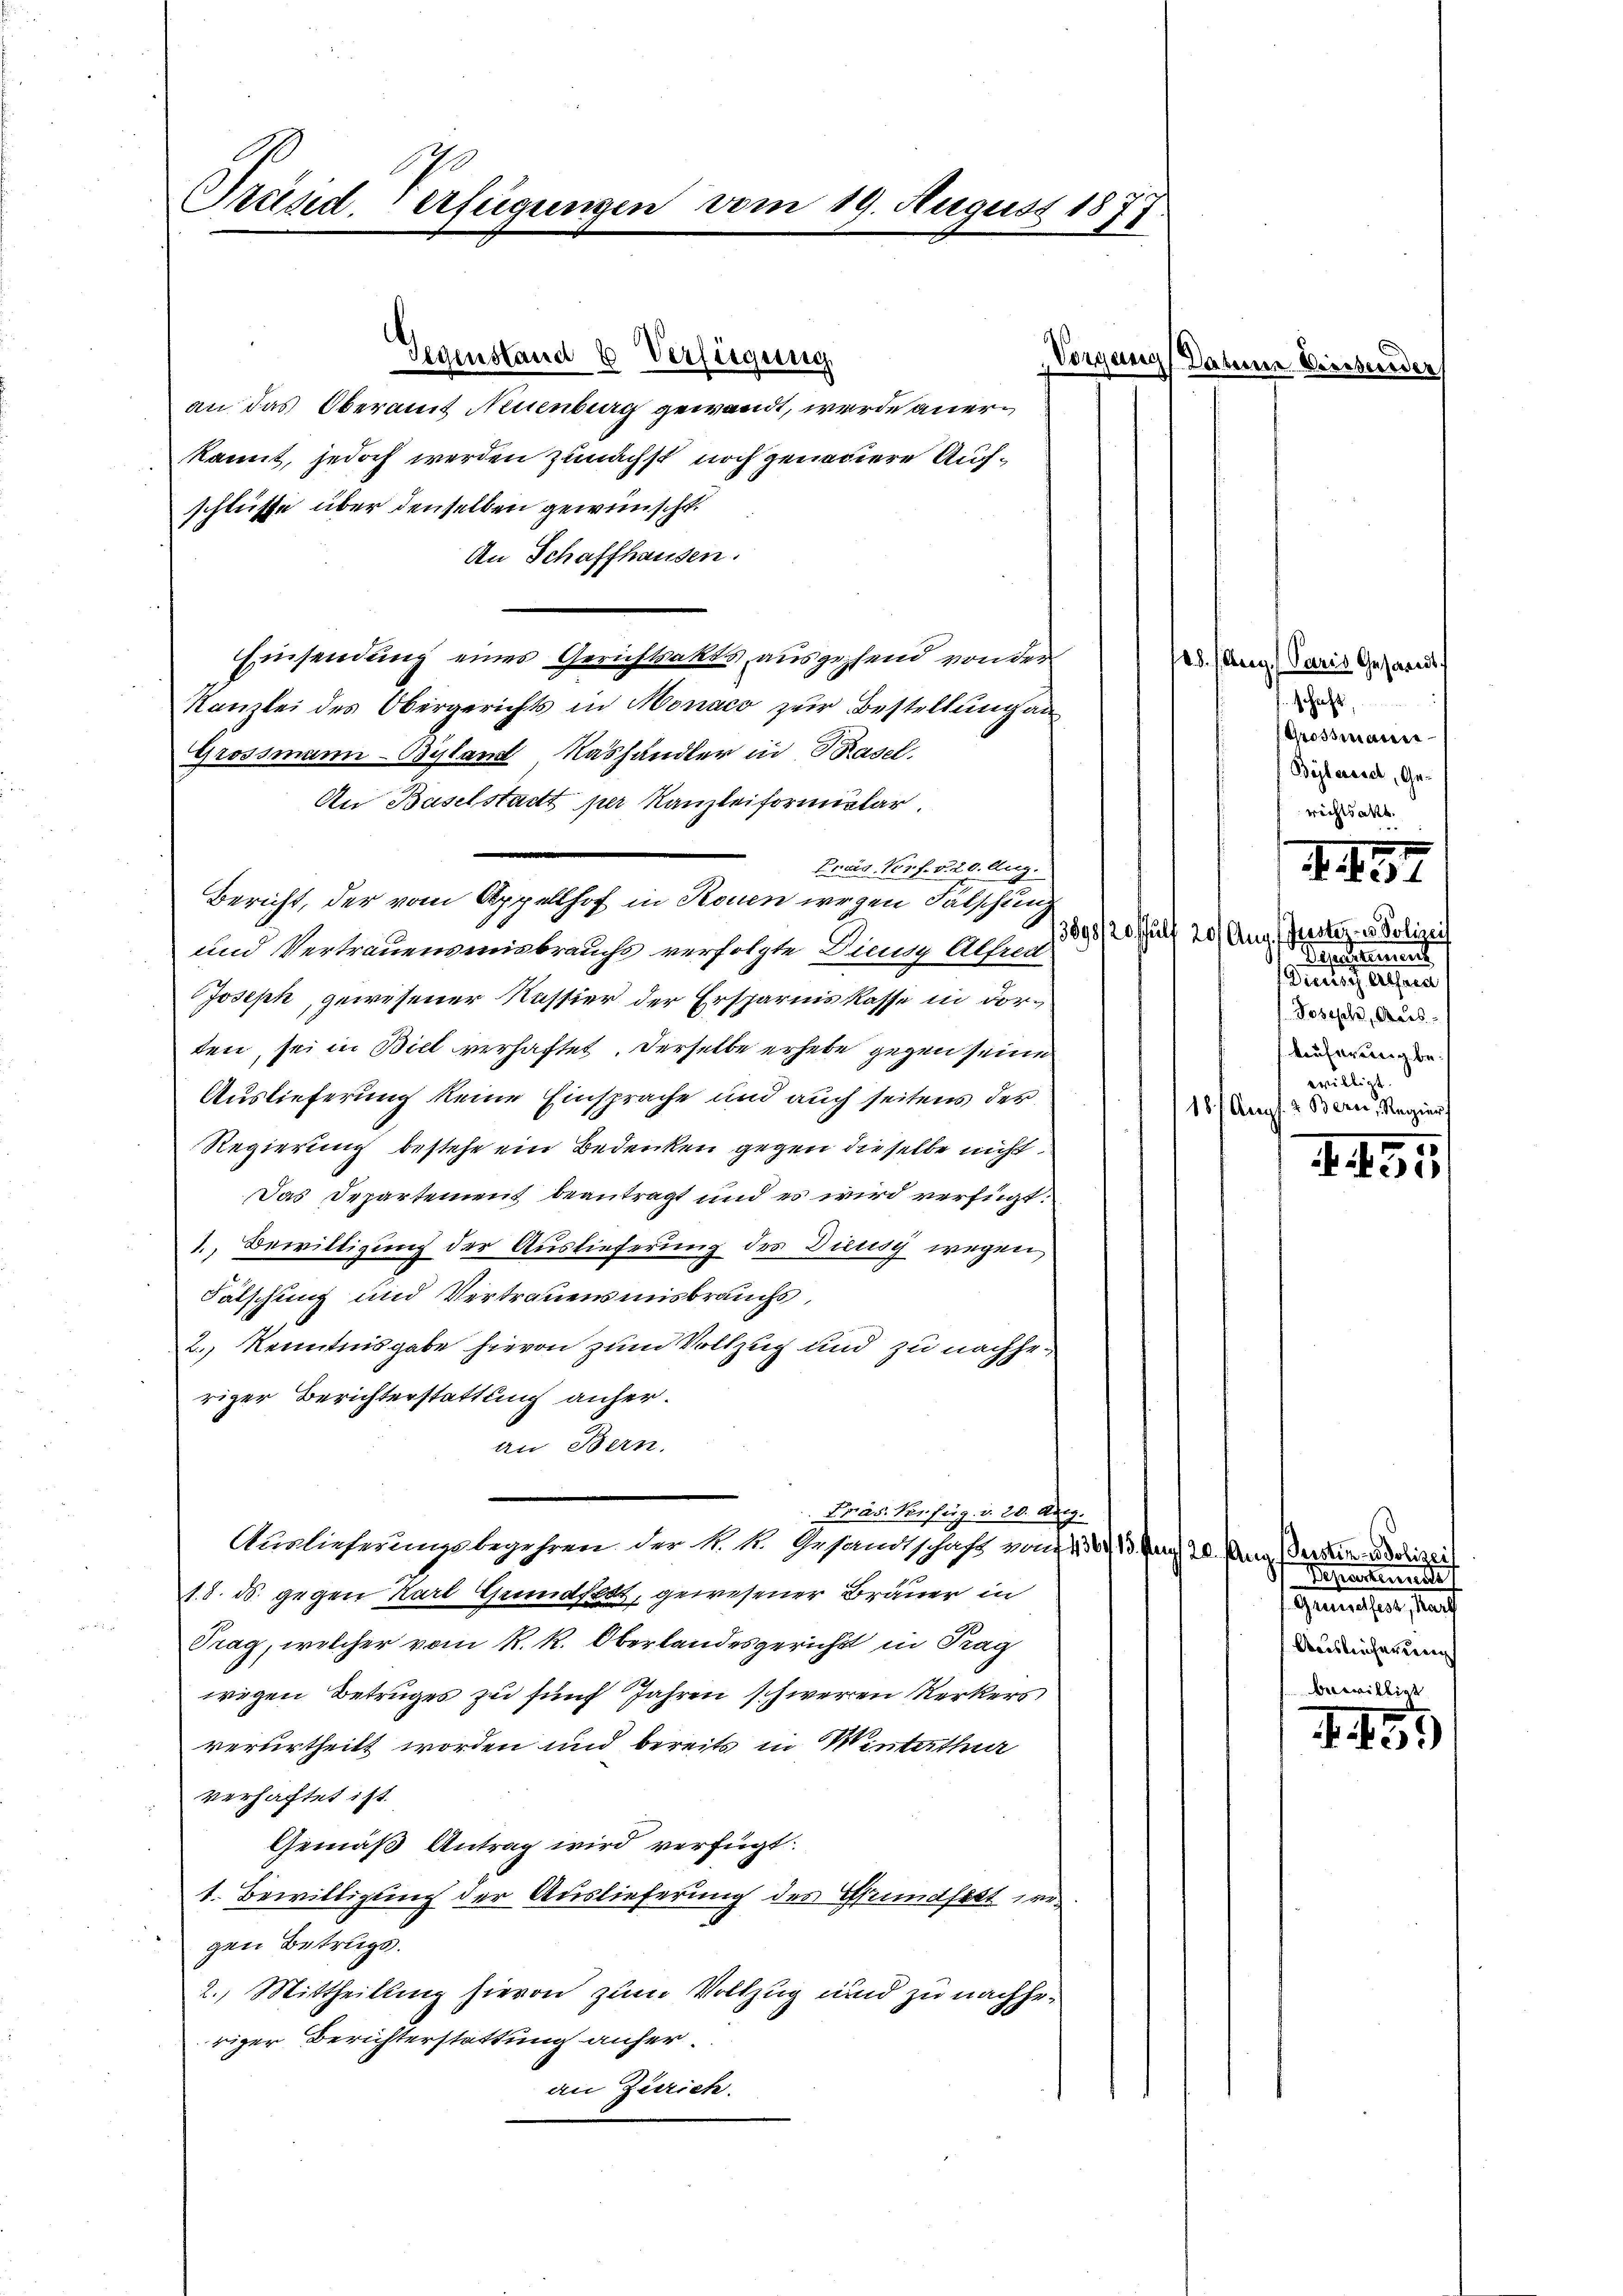
Präsid. Verfügungen vom 19. August 1877

Prais Verf. S. 20. Aug.

Gegenstand 6 Verfügung
Vorgang Daten
an das Oberamt Neuenburg gewandt, werde anerkannt, jedoch werden zunächst noch genadiere Aufschlüsse über denselben gewünscht.
An Schaffhausen.
Einsendung eines Gerichtsakts ausgehend von der
Kanzlei des Obergerichts in Monaco zur Bestellung an
Grossmann-Byland Nashändler in Basel.
An Baselstadt per Kanzleiformular
Bericht, der vom Appellhof in Rouen wegen Falschung
und Vertrauensmisbrauchs verfolgte Diensy Alfred
Joseph, gewesener Nessier der Ersparniskasse in dorten, sei in Biel verhaftet. Derselbe erhebe gegen seine
Auslieferung keine Einsprache und auch seitens der
Regierung bestehe ein Bedenken gegen dieselbe nicht
Das Departement beantragt und es wird verfügt:
1. Bewilligung der Auslieferung des Diensch wegen
Fätschung und Vertrauensmisbrauchs,
2. Kenntnisgabe hievon zum Vollzug und zu nachheriger Berichterstattung anheran Bern.
Pras Verfürg. d. 20. Derg.
Auslieferungsbegehren der k. k. Gesandtschaft von de
s. 8. ds. gegen Karl Grundfest, gewesener Brauer in
Trag, welcher vom k. k. Oberlandesgericht in Trag
wigen Betruges zu fünf Jahren schweren Kerkers
verurtheilt worden und bereits in Winterthur
verhachtet ist.
Gemäß Antrag wird verfügt:
1. Bewilligung der Auslieferung des Pfrundfest eigen Betrugs.
2. Mittheilung hievon zum Vollzug und zu nachhei
riger Berichterstattung anheran Zürich.

13899/20. fl

d

15. Aug. Paris Gesandt.
schaft,
Grossmann
Bölereich, Ge-
rechtsakt

20/ Aug. Justiz- & Polizei
Departement
Dieses ihresrec
Tosisch, Aus-
Auferung be
willigt
18 f. Arags. 2. Berei, Regier

.
N. N. 391

. 151

e. Aug. Persten - Polizei
Departemente
Gemachen, stand
Ausleicheren